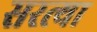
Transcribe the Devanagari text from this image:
सरत्या